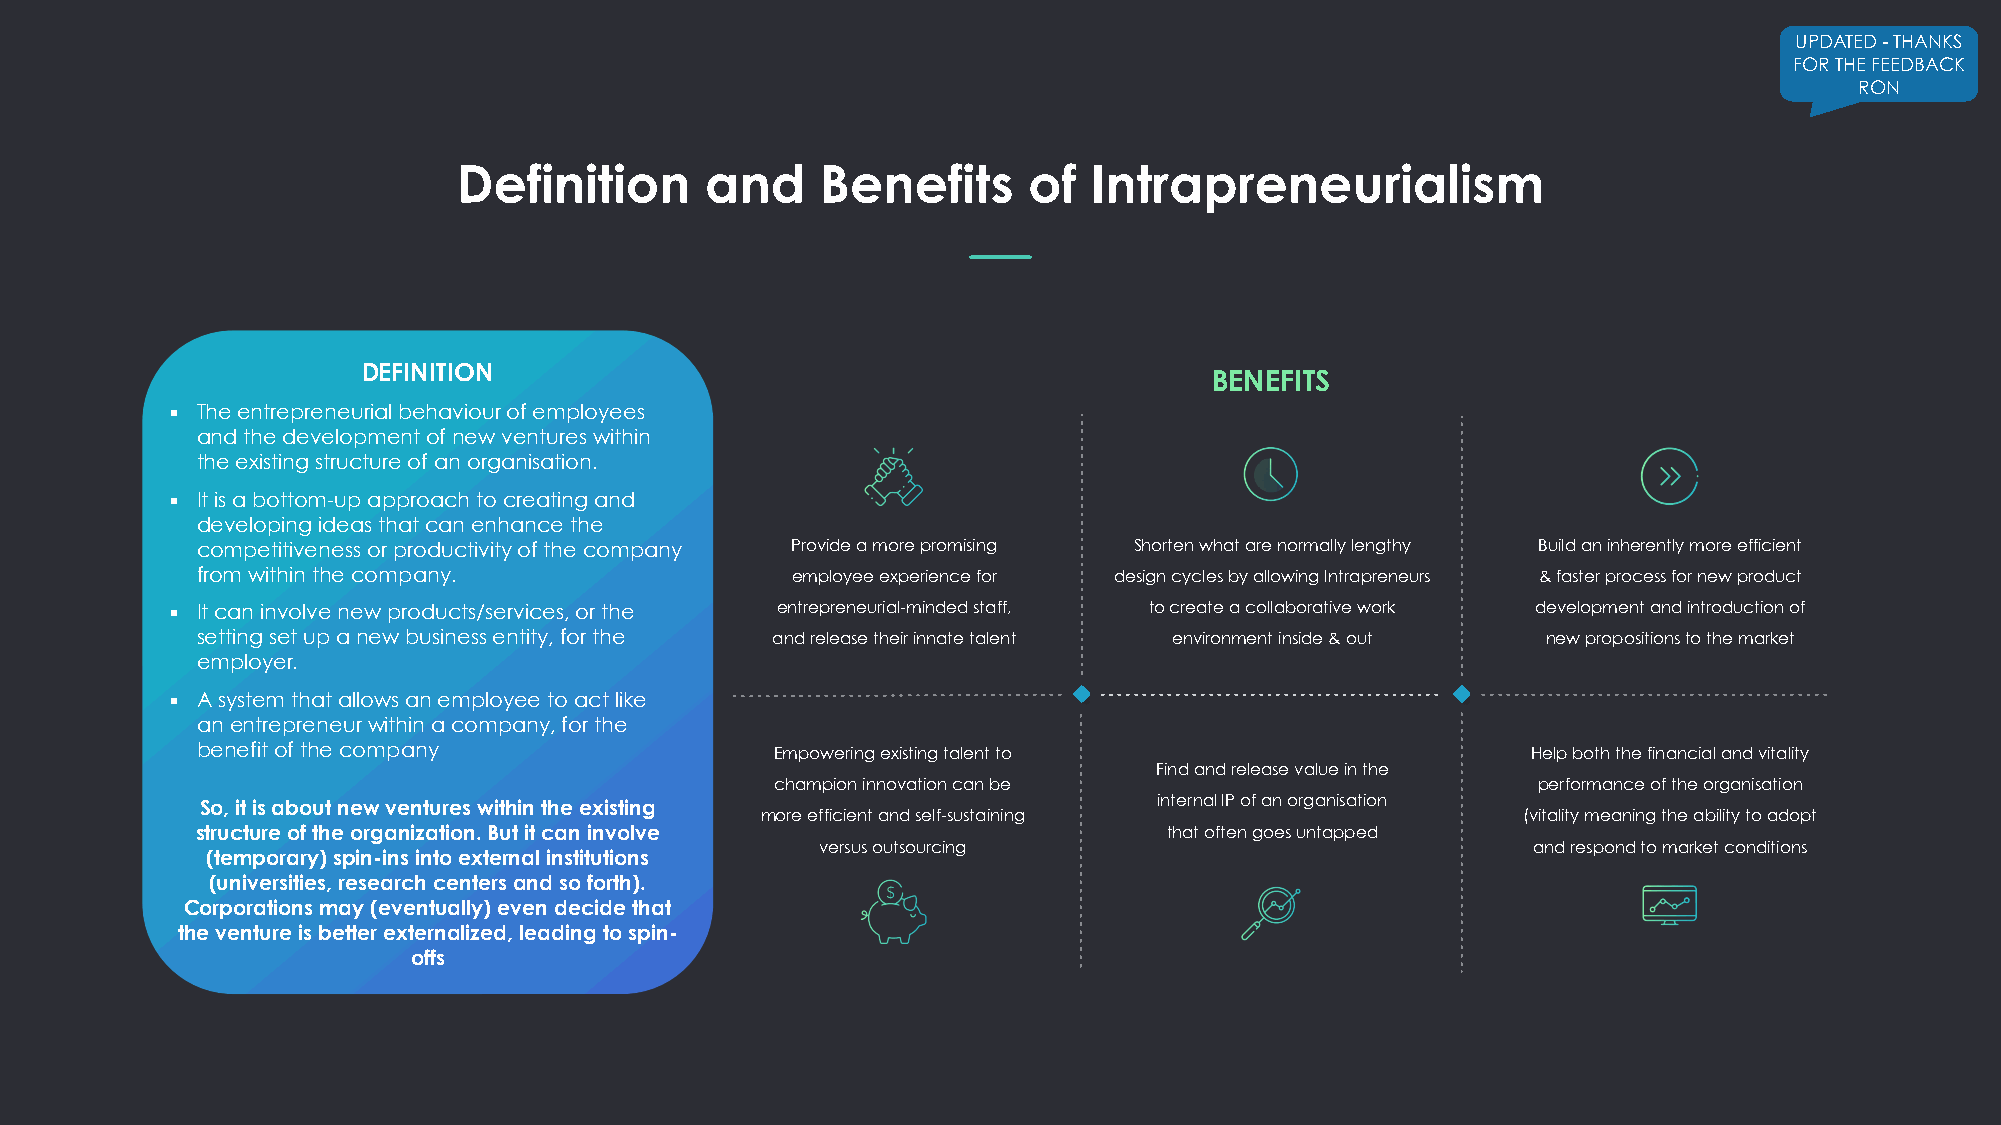
UPDATED - THANKS
 FOR THE FEEDBACK
 RON
 Definition       and    Benefits      of  Intrapreneurialism
 DEFINITION
 BENEFITS
 ▪ The entrepreneurial behaviour of employees
 and the development of new ventures within
 the existing structure of an organisation.
 ▪ It is a bottom-up approach to creating and
 developing ideas that can enhance the
 competitiveness or productivity of the company Provide a more promising Shorten what are normally lengthy Build an inherently more efficient
 from within the company.               employee experience for design cycles by allowing Intrapreneurs & faster process for new product
 ▪ It can involve new products/services, or the entrepreneurial-minded staff, to create a collaborative work development and introduction of
 setting set up a new business entity, for the and release their innate talent environment inside & out new propositions to the market
 employer.
 ▪ A system that allows an employee to act like
 an entrepreneur within a company, for the
 benefit of the company                Empowering existing talent to                     Help both the financial and vitality
 Find and release value in the
 champion innovation can be                         performance of the organisation
 So, it is about new ventures within the existing                internal IP of an organisation
 more efficient and self-sustaining                 (vitality meaning the ability to adopt
 structure of the organization. But it can involve               that often goes untapped
 versus outsourcing                             and respond to market conditions
 (temporary) spin-ins into external institutions
 (universities, research centers and so forth).
 Corporations may (eventually) even decide that
 the venture is better externalized, leading to spin-
 offs